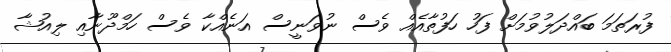
ފުރަތަމަ ބައްދަލުވުމަށް ފަހު ހަފުތާއެއް ވެސް ނުވަނީސް އަނެއްކާ ވެސް ހަމްދޫނާއި ލިއުޝާ